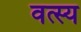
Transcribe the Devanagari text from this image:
वत्स्य